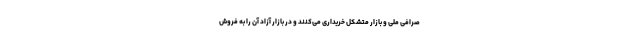
صرافی ملی و بازار متشکل خریداری می‌کنند و در بازار آزاد آن را به فروش